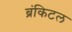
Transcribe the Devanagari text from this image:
ब्रंकिटल